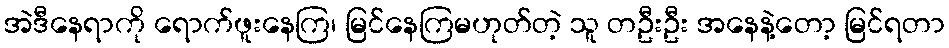
အဲဒီနေရာကို ရောက်ဖူးနေကြ၊ မြင်နေကြမဟုတ်တဲ့ သူ တဦးဦး အနေနဲ့တော့ မြင်ရတာ